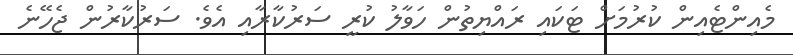
މެއިންޓެއިން ކުރުމަށް ޓަކައި ރައްޔިތުން ހަވާލު ކުރީ ސަރުކާރާއި އެވެ. ސަރުކާރުން ޖެހޭނެ